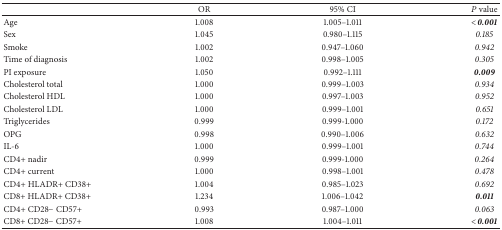
<table><thead><tr><td><b> </b></td><td><b>OR</b></td><td><b>95% CI</b></td><td><b><i>P</i> value</b></td></tr></thead><tbody><tr><td>Age</td><td>1.008</td><td>1.005–1.011</td><td><b><i>&lt;0.001</i></b></td></tr><tr><td>Sex</td><td>1.045</td><td>0.980–1.115</td><td><i>0.185 </i></td></tr><tr><td>Smoke</td><td>1.002</td><td>0.947–1.060</td><td><i>0.942 </i></td></tr><tr><td>Time of diagnosis</td><td>1.002</td><td>0.998–1.005</td><td><i>0.305 </i></td></tr><tr><td>PI exposure</td><td>1.050</td><td>0.992–1.111</td><td><b><i>0.009</i></b></td></tr><tr><td>Cholesterol total</td><td>1.000</td><td>0.999–1.003</td><td><i>0.934 </i></td></tr><tr><td>Cholesterol HDL</td><td>1.000</td><td>0.997–1.003</td><td><i>0.952 </i></td></tr><tr><td>Cholesterol LDL</td><td>1.000</td><td>0.999–1.001</td><td><i>0.651 </i></td></tr><tr><td>Triglycerides</td><td>0.999</td><td>0.999-1.000</td><td><i>0.172 </i></td></tr><tr><td>OPG</td><td>0.998</td><td>0.990–1.006</td><td><i>0.632 </i></td></tr><tr><td>IL-6</td><td>1.000</td><td>0.999–1.001</td><td><i>0.744 </i></td></tr><tr><td>CD4+ nadir</td><td>0.999</td><td>0.999-1.000</td><td><i>0.264 </i></td></tr><tr><td>CD4+ current</td><td>1.000</td><td>0.998–1.001</td><td><i>0.478 </i></td></tr><tr><td>CD4+ HLADR+ CD38+</td><td>1.004</td><td>0.985–1.023</td><td><i>0.692 </i></td></tr><tr><td>CD8+ HLADR+ CD38+</td><td>1.234</td><td>1.006–1.042</td><td><b><i>0.011</i></b></td></tr><tr><td>CD4+ CD28− CD57+</td><td>0.993</td><td>0.987–1.000</td><td><i>0.063 </i></td></tr><tr><td>CD8+ CD28− CD57+</td><td>1.008</td><td>1.004–1.011</td><td><b><i>&lt;0.001</i></b></td></tr></tbody></table>